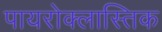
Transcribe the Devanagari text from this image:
पायरोक्लास्तिक